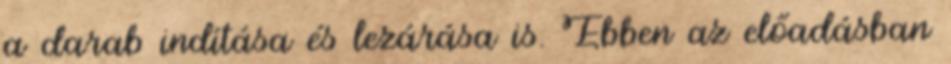
a darab indítása és lezárása is. Ebben az előadásban